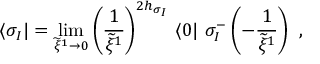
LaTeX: \langle \sigma _ { I } | = \operatorname * { l i m } _ { \widetilde { \xi } ^ { 1 } \rightarrow 0 } \left( \frac { 1 } { \widetilde { \xi } ^ { 1 } } \right) ^ { 2 h _ { \sigma _ { I } } } \, \langle 0 | ~ \sigma _ { I } ^ { - } \left( - \frac { 1 } { \widetilde { \xi } ^ { 1 } } \right) ~ ,